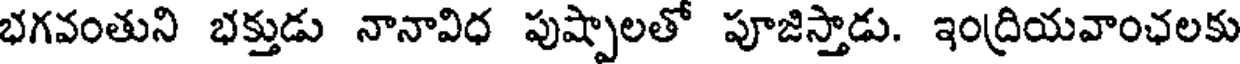
భగవంతుని భక్తుడు నానావిధ పుష్పాలతో పూజిస్తాడు. ఇంద్రియవాంఛలకు